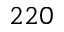
2 2 0